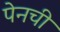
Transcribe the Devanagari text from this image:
पेनची